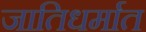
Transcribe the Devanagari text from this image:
जातिधर्मात